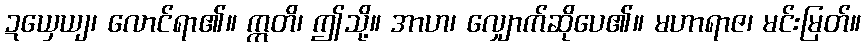
ဍယှေယျ၊ လောင်ရာ၏။ ဣတိ၊ ဤသို့။ အာဟ၊ လျှောက်ဆိုပေ၏။ မဟာရာဇ၊ မင်းမြတ်။